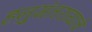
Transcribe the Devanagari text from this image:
हनुमंतरायाचे